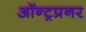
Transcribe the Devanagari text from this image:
ऑन्ट्रप्रनर